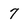
Character: 7